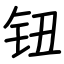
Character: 钮